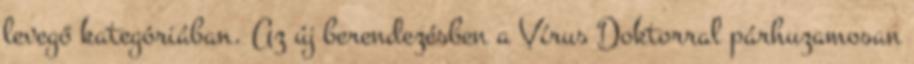
levegő kategóriában. Az új berendezésben a Vírus Doktorral párhuzamosan